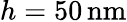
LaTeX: h=50\, \mathrm{nm}